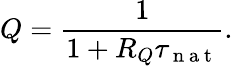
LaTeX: Q=\frac{1}{1+R_{Q}\tau_{\mathrm{~n~a~t~}}}.